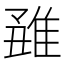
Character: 𨿊